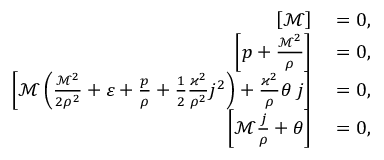
\begin{array} { r l } { \left[ \mathcal { M } \right] } & { { } = 0 , } \\ { \left[ p + \frac { \mathcal { M } ^ { 2 } } { \rho } \right] } & { { } = 0 , } \\ { \left[ \mathcal { M } \left( \frac { \mathcal { M } ^ { 2 } } { 2 \rho ^ { 2 } } + \varepsilon + \frac { p } { \rho } + \frac { 1 } { 2 } \frac { \varkappa ^ { 2 } } { \rho ^ { 2 } } j ^ { 2 } \right) + \frac { \varkappa ^ { 2 } } { \rho } \theta \; j \right] } & { { } = 0 , } \\ { \left[ \mathcal { M } \frac { j } { \rho } + \theta \right] } & { { } = 0 , } \end{array}